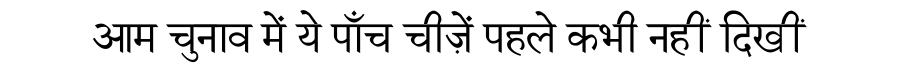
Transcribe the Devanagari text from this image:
आम चुनाव में ये पाँच चीज़ें पहले कभी नहीं दिखीं